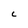
Character: C